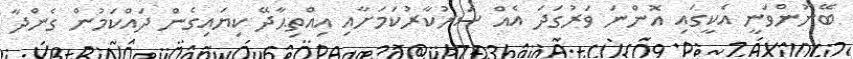
ބޭނުންވަނީ އެކީގައި އޮންނަ ވަރުގަދަ އެއް ސަރުކާރުކަމަށާއި އިއްތިޙާދޭ ކިޔައިގެން ދައްކަމުން ގެންދާ